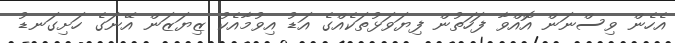
އެހެން ވިސްނަން އޮއްވާ ފަހަތުން ފިޔަވަޅުތަކެއްގެ އަޑު އިވުމާއެކު ޒިޔަޒަން އޭނަގެ ހަށިގަނޑު